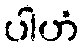
ပါဟံ